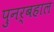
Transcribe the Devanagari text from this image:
पुनर्बहाल